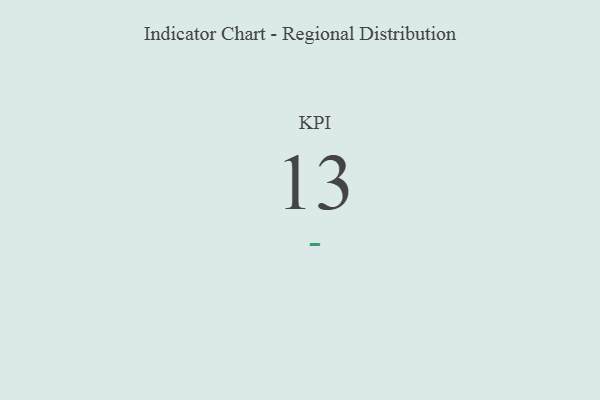
{"axis": {"x": "KPI", "y": "Value"}, "legend": [""], "data": [{"x": "KPI", "y": 13, "type": ""}]}